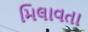
મિલાવતા